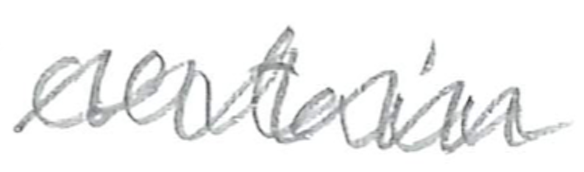
Text: certain
Cross-out: zig-zag
Writing tool: pencil